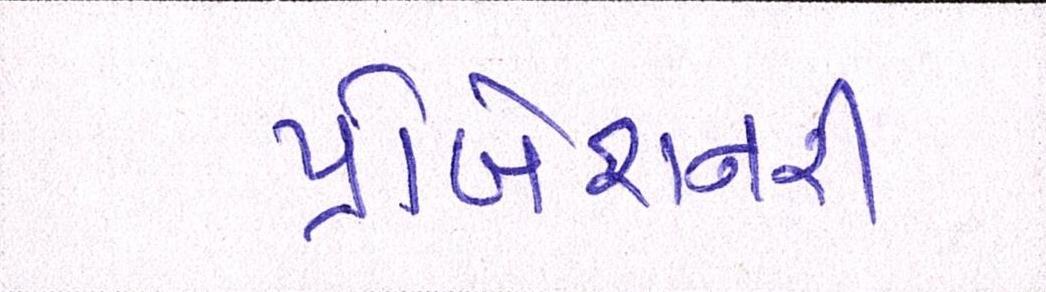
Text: પ્રોબેશનરી